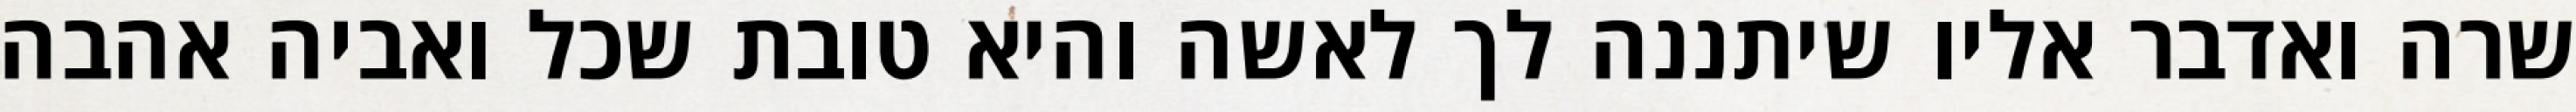
שרה ואדבר אליו שיתננה לך לאשה והיא טובת שכל ואביה אהבה